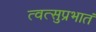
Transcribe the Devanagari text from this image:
त्वत्सुप्रभातं